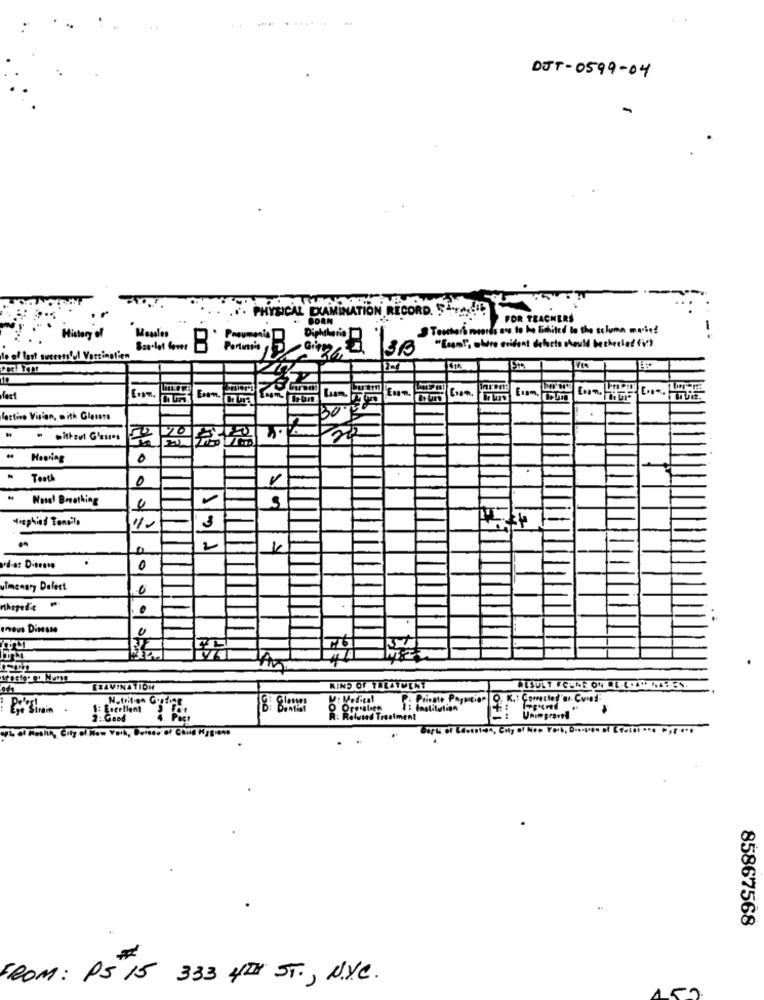
DJT-0599-04
PHYSICAL EXAMINATION
CORD. 5
FOR TEACHERS
Teachers nantes aos to be limited to the soluma mute!
History
Measles
Posumeni
Dipliborio
"Esam!", where evident dafacts should becherlet (V2)
te of last successful Varcinglien
laren:
Ecom.
factino Vision, with Glass
" without Glasses
.
0
Teath
0
.
Wusel Breathing
-
Hicphind Toneils
3
2
ad-a: Dierose
0
ulmenary Defect
0
..
nous DinsMe
ESAVINATION
KIND OF TALAYMENT
RESULT FCUNE ON RE-LIMAAYEN.
Private Paymcion
Nutrition Gy
Prenatoen 1: Institution
R: Refused Treatment
OFI
Unimproved
barL
85867568
FROM: PS 15 333 4TH ST ., N.Y.C.